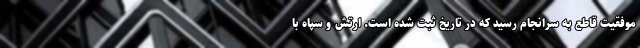
موفقیت قاطع به سرانجام رسید که در تاریخ ثبت شده است. ارتش و سپاه با